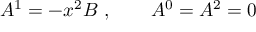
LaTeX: A ^ { 1 } = - x ^ { 2 } B \ , \qquad A ^ { 0 } = A ^ { 2 } = 0